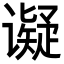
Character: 𬤩